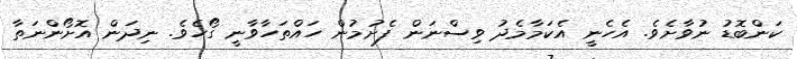
ކަންބޮޑު ނުވާށެވެ. އެހެނީ އެކަމާމެދު ވިސްނަން ފެށުމުން ހައްތަހާވާނީ ގޯހެވެ. ނިދަން އޮށޯންނަތާ